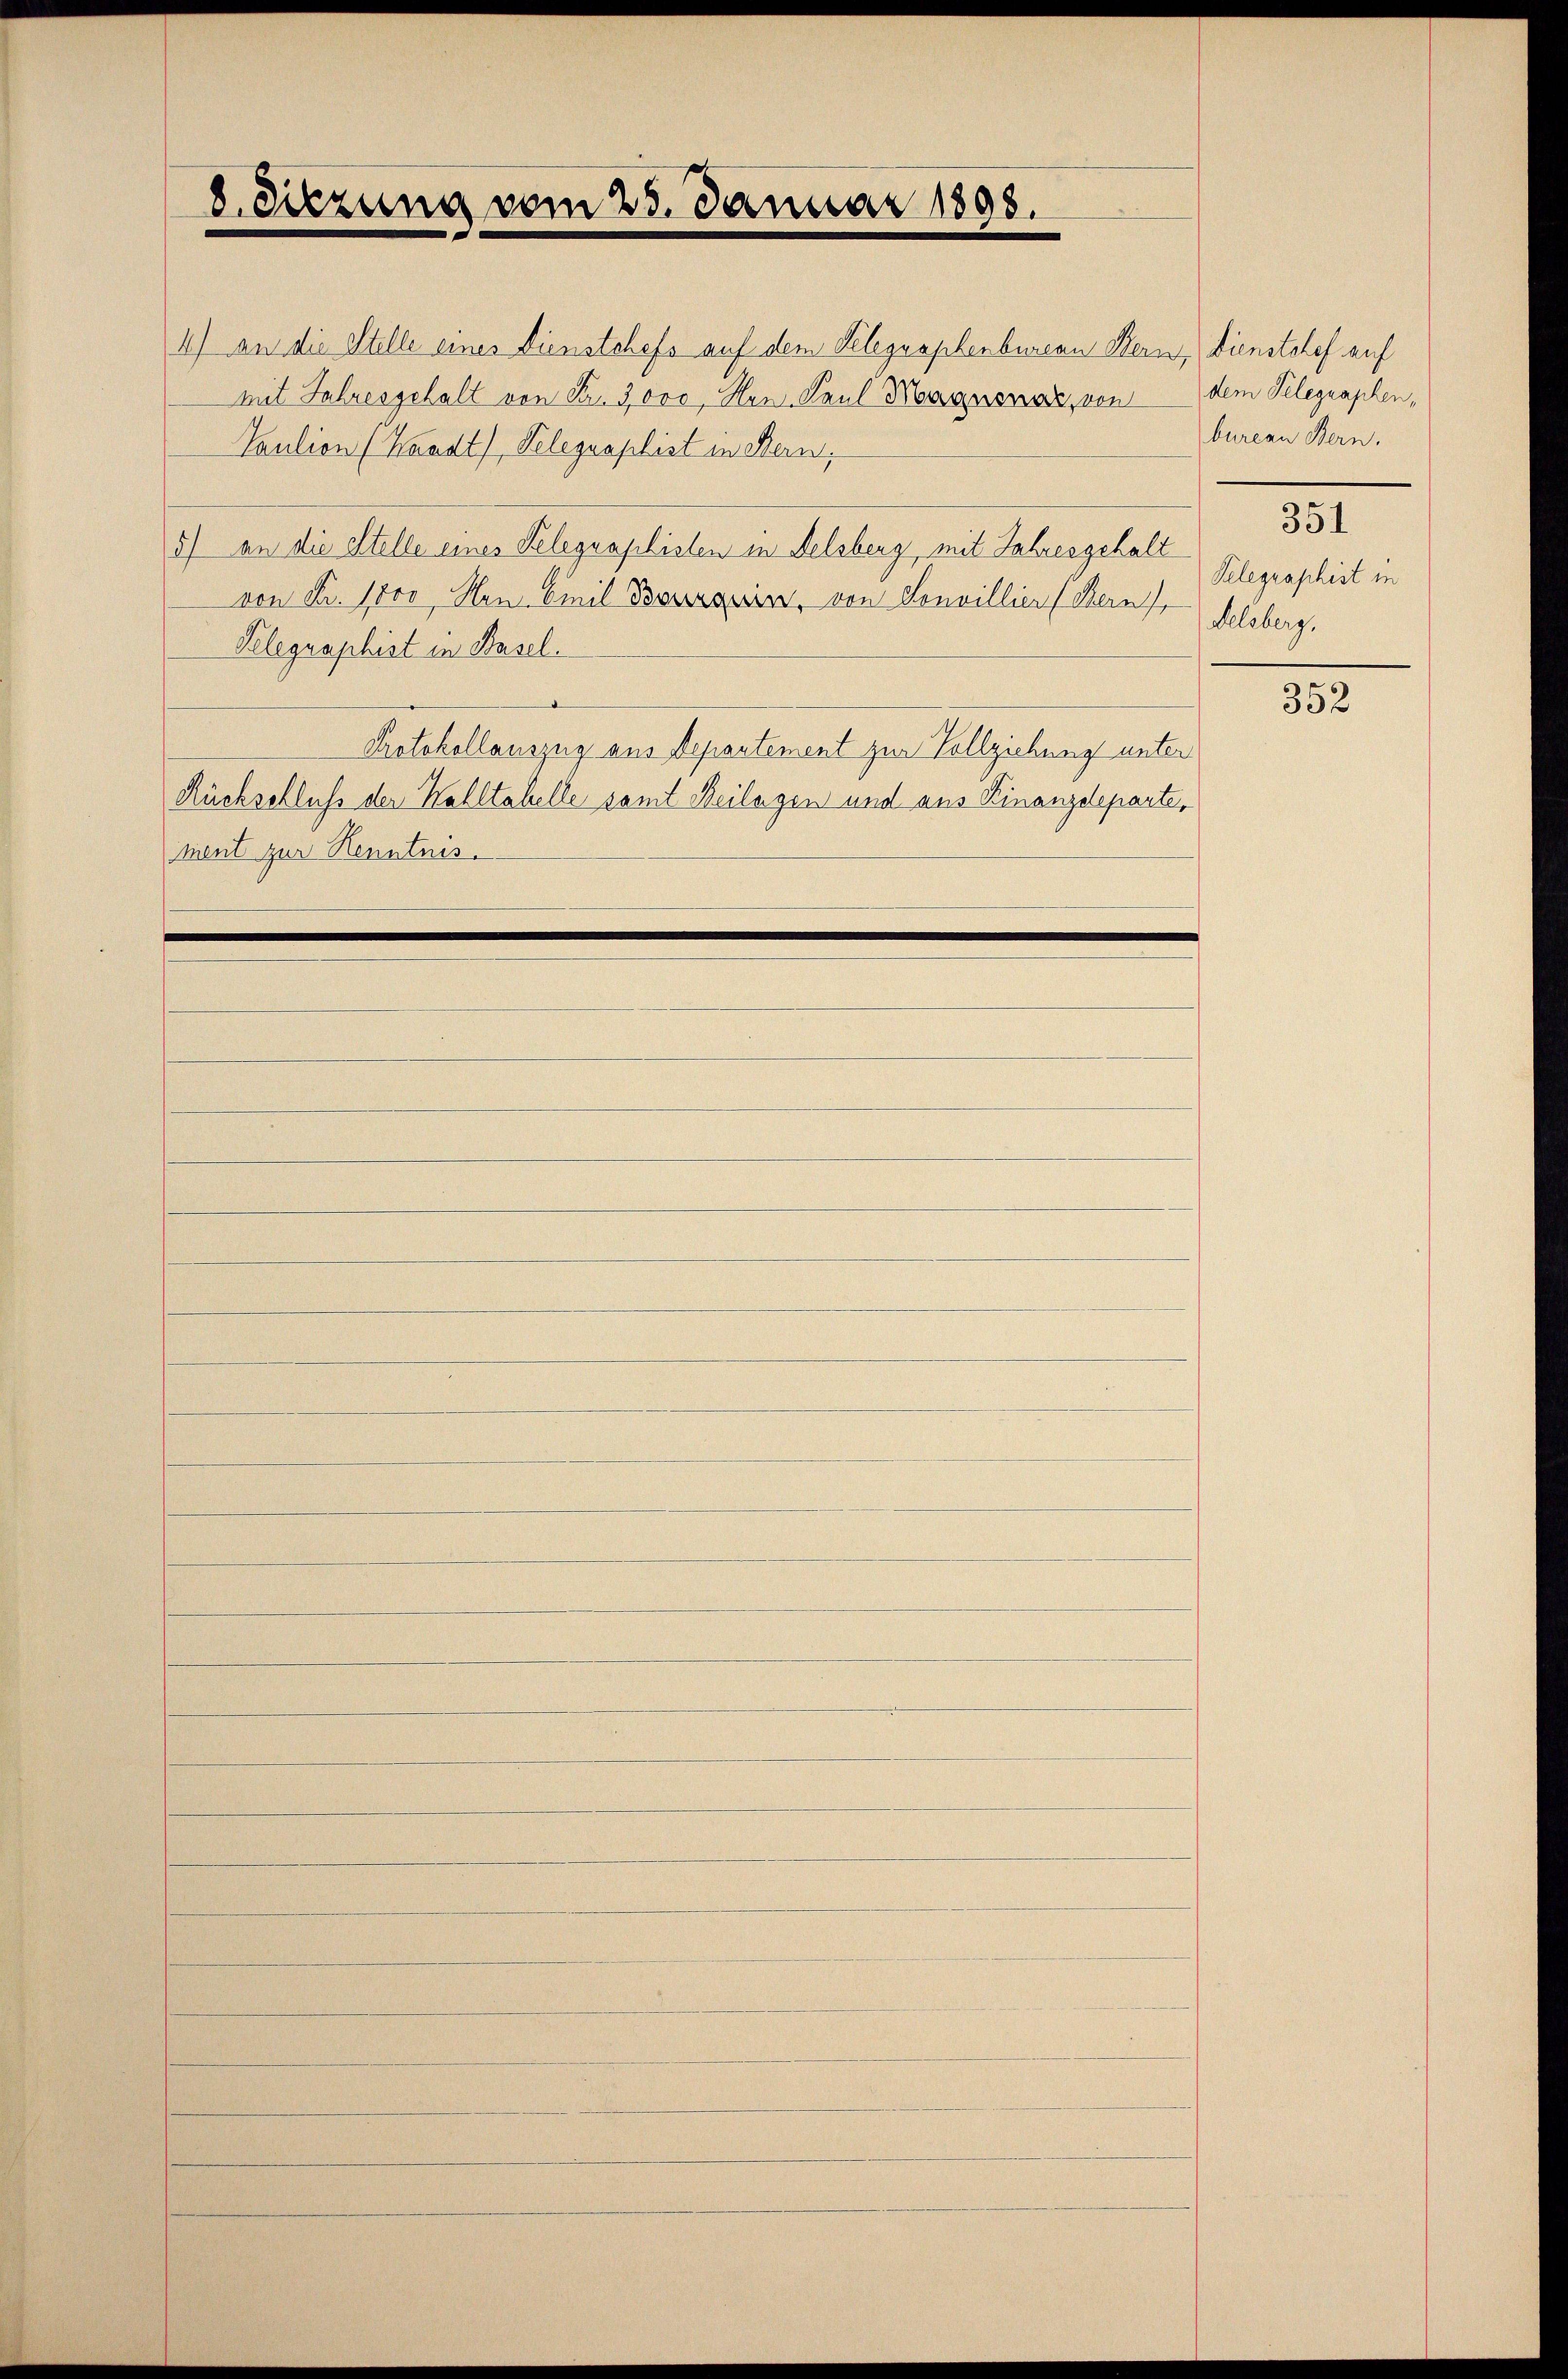
8. Sitzung vom 25. Januar 1898.

4) an die Stelle eines Dienstchefs auf dem Telegraphenburean Bern, Dienstolef auf
mit Jahresgehalt von Fr. 3000, Hen- Paul Maynenar, von
Taution (Waadt, Telegraphist in Stern,
5) an die Stelle eines Telegraphisten in Felsberg, mit Jahresgehalt
von Fr. 1000. Non Civil Bourgerin, von Konvillier (Bern,
Kelegraphist in Basel.
Protokollauszug aus Neportement zur Vollziehung unter
Rückschluß der Walltakelle samt Beilagen und aus Kinanzdeparte,
ment zur Kenntnis.

dem Telegraphen,
bureau Bern.
351
Telegraphist in
Seleberg,

352